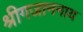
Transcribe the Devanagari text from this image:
श्रीगजाननाय